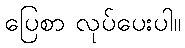
ပြေစာ လုပ်ပေးပါ။